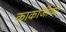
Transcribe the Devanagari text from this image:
काकाजींच्या